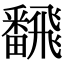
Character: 飜